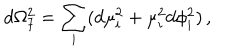
d \Omega _ { 7 } ^ { 2 } = \sum _ { i } ( d \mu _ { i } ^ { 2 } + \mu _ { i } ^ { 2 } d \phi _ { i } ^ { 2 } ) \, ,